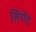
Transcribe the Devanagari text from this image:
सिगेट